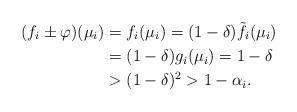
LaTeX: \begin{align*}(f_i\pm \varphi)(\mu_i)&=f_i(\mu_i)=(1-\delta)\tilde{f_i}(\mu_i)\\&=(1-\delta)g_i(\mu_i)=1-\delta\\&>(1-\delta)^2>1-\alpha_i.\end{align*}